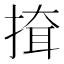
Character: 𢱕